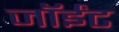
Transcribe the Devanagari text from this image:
जॉईंट